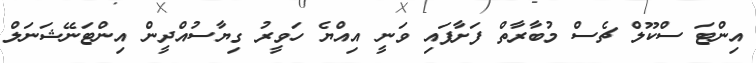
އިންޓަ ސްކޫލް ޗެސް މުބާރާތް ފަށާފައި ވަނީ އިއްޔެ ހަވީރު ގިޔާސުއްދީން އިންޓަނޭޝަނަލް